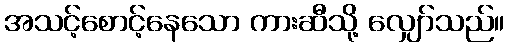
အသင့်စောင့်နေသော ကားဆီသို့ လျှော်သည်။